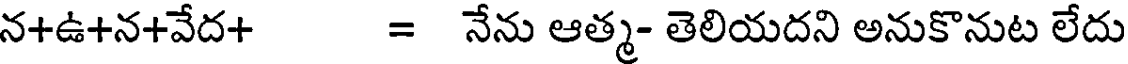
న+ఉ+న+వేద+ = నేను ఆత్మ- తెలియదని అనుకొనుట లేదు